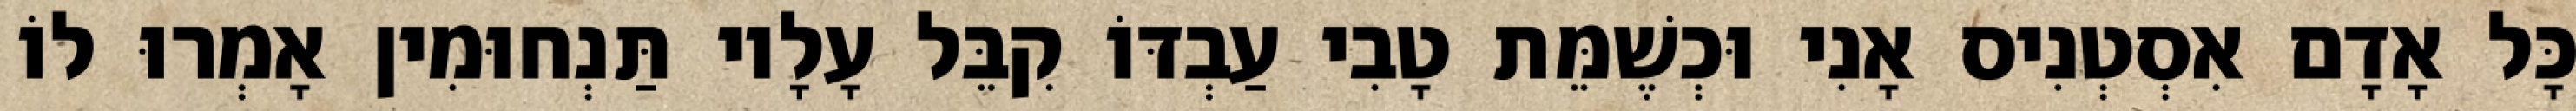
כָּל אָדָם אִסְטְנִיס אָנִי וּכְשֶׁמֵּת טָבִי עַבְדּוֹ קִבֵּל עָלָיו תַּנְחוּמִין אָמְרוּ לוֹ